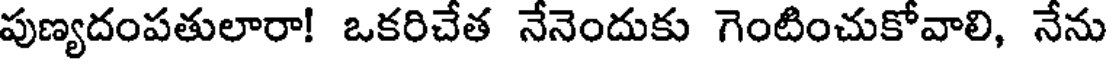
పుణ్యదంపతులారా! ఒకరిచేత నేనెందుకు గెంటించుకోవాలి, నేను